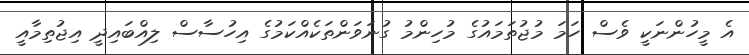
އެ މީހުންނަކީ ވެސް ހަމަ މުޖުތަމައުގެ މުހިންމު ގުނަވަންތަކެއްކަމުގެ އިހުސާސް ލިއްބައިދީ އިޖުތިމާއީ